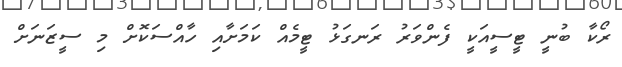
ރޯކާ ބުނީ ޓީސީއަކީ ފެންވަރު ރަނގަޅު ޓީމެއް ކަމަށާއި ހާއްސަކޮށް މި ސީޒަނަށް